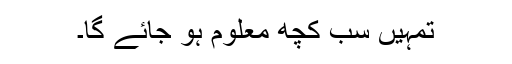
تمہیں سب کچھ معلوم ہو جائے گا۔